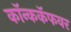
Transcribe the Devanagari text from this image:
कॉन्ककॅफवर